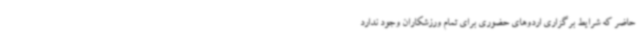
حاضر که شرایط برگزاری اردوهای حضوری برای تمام ورزشکاران وجود ندارد